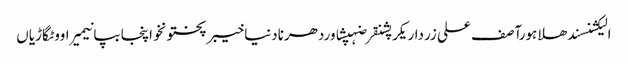
الیکشنسندھلاہورآصف علی زرداریکرپشنقرضہپشاوردھرنادنیاخیبرپختونخواپنجابپانیمیراووٹگاڑیاں